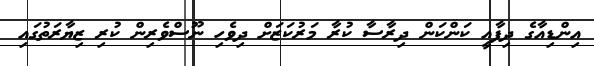
އިންޑިއާގެ ދިފާއީ ކަންކަން ދިރާސާ ކުރާ މަރުކަޒަށް ދިވެހި ނޫސްވެރިން ކުރި ޒިޔާރަތުގައި